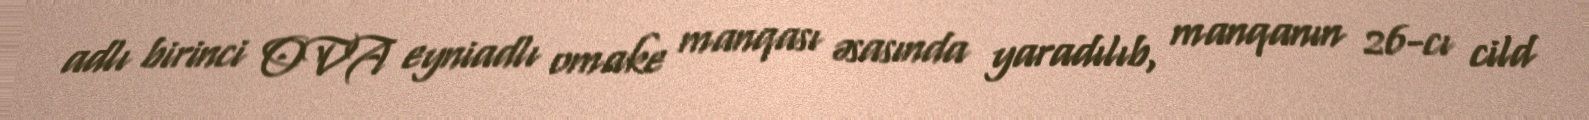
adlı birinci OVA eyniadlı omake manqası əsasında yaradılıb, manqanın 26-cı cild